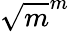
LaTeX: \sqrt{m}^{m}